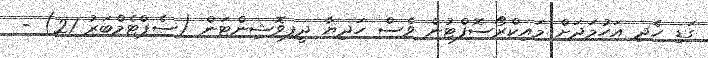
ގަޑި ހެދި އަހުމަދަށް މައިކްރޯސޮފްޓުން ވެސް ހަދިޔާ ދީފިވޮޝިންޓަން (ސެޕްޓެމްބަރު 21) -